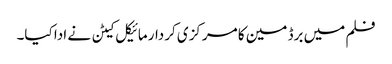
فلم میں برڈ مین کا مرکزی کردار مائیکل کیٹن نے ادا کیا۔